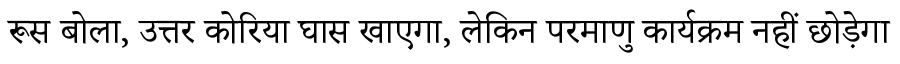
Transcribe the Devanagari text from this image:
रूस बोला, उत्तर कोरिया घास खाएगा, लेकिन परमाणु कार्यक्रम नहीं छोड़ेगा